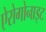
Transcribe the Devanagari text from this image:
ऐरोगोनाइट